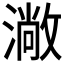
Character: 𱨬